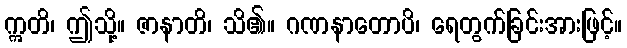
ဣတိ၊ ဤသို့။ ဇာနာတိ၊ သိ၏။ ဂဏနာတောပိ၊ ရေတွက်ခြင်းအားဖြင့်။